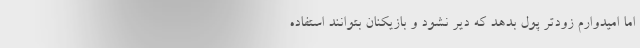
اما امیدوارم زودتر پول بدهد که دیر نشود و بازیکنان بتوانند استفاده